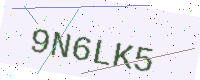
Text: 9N6LK5